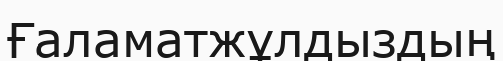
Ғаламатжұлдыздың